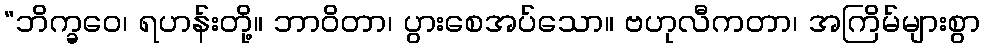
“ဘိက္ခဝေ၊ ရဟန်းတို့။ ဘာဝိတာ၊ ပွားစေအပ်သော။ ဗဟုလီကတာ၊ အကြိမ်များစွာ